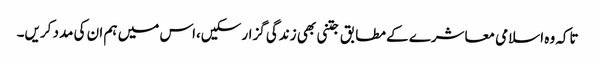
تاکہ وہ اسلامی معاشرے کے مطابق جتنی بھی زندگی گزار سکیں،اس میں ہم ان کی مدد کریں۔